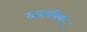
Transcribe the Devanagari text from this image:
राज्यपरिषद्